Lunatic asylums in Bengal annual reports 1899-1911 - 1899-1911
Year: 1899
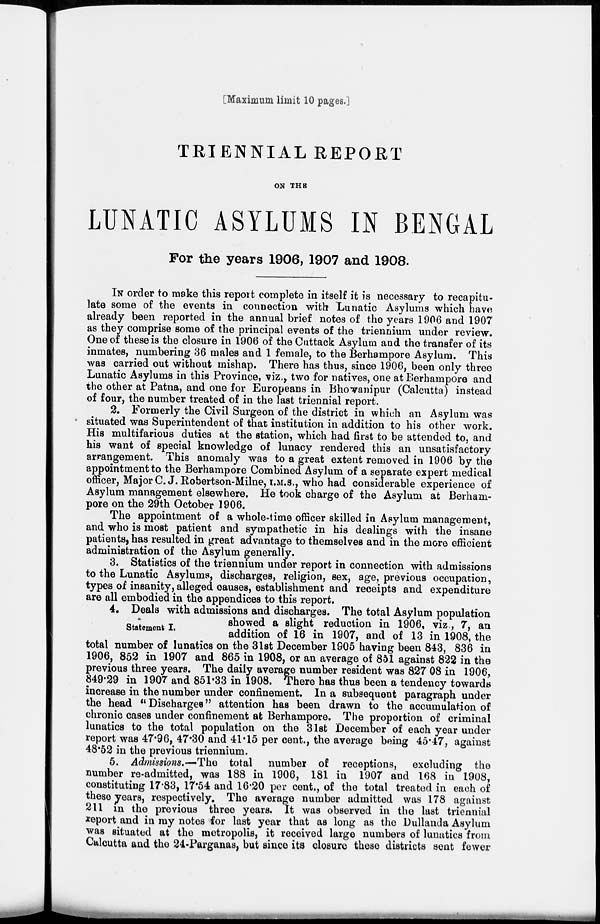
[Maximum limit 10 pages.]
TRIENNIAL REPORT
ON THE
LUNATIC ASYLUMS IN BENGAL
For the years 1906, 1907 and 1908.
IN order to make this report complete in itself it is necessary to recapitu-
late some of the events in connection with Lunatic Asylums which have
already been reported in the annual brief notes of the years 1906 and 1907
as they comprise some of the principal events of the triennium under review.
One of these is the closure in 1906 of the Cuttack Asylum and the transfer of its
inmates, numbering 36 males and 1 female, to the Berhampore Asylum. This
was carried out without mishap. There has thus, since 1906, been only three
Lunatic Asylums in this Province, viz., two for natives, one at Berhampore and
the other at Patna, and one for Europeans in Bhowanipur (Calcutta) instead
of four, the number treated of in the last triennial report.
2. Formerly the Civil Surgeon of the district in which an Asylum was
situated was Superintendent of that institution in addition to his other work.
His multifarious duties at the station, which had first to be attended to, and
his want of special knowledge of lunacy rendered this an unsatisfactory
arrangement. This anomaly was to a great extent removed in 1906 by the
appointment to the Berhampore Combined Asylum of a separate expert medical
officer, Major C.J. Robertson-Milne, I.M.S., who had considerable experience of
Asylum management elsewhere. He took charge of the Asylum at Berham-
pore on the 29th October 1906.
The appointment of a whole-time officer skilled in Asylum management,
and who is most patient and sympathetic in his dealings with the insane
patients, has resulted in great advantage to themselves and in the more efficient
administration of the Asylum generally.
3. Statistics of the triennium under report in connection with admissions
to the Lunatic Asylums, discharges, religion, sex, age, previous occupation,
types of insanity, alleged causes, establishment and receipts and expenditure
are all embodied in the appendices to this report.
Statement I.
4. Deals with admissions and discharges. The total Asylum population
showed a slight reduction in 1906, viz., 7, an
addition of 16 in 1907, and of 13 in 1908, the
total number of lunatics on the 31st December 1905 having been 843, 836 in
1906, 852 in 1907 and 865 in 1908, or an average of 851 against 822 in the
previous three years. The daily average number resident was 827 08 in 1906,
849.29 in 1907 and 851.33 in 1908. There has thus been a tendency towards
increase in the number under confinement. In a subsequent paragraph under
the head " Discharges" attention has been drawn to the accumulation of
chronic cases under confinement at Berhampore. The proportion of criminal
lunatics to the total population on the 31st December of each year under
report was 47.96, 47.30 and 41.15 per cent., the average being 45.47, against
48.52 in the previous triennium.
5. Admissions.—The total number of receptions, excluding the
number re-admitted, was 188 in 1906, 181 in 1907 and 168 in 1908,
constituting 17.83, 17.54 and 16.20 per cent., of the total treated in each of
these years, respectively. The average number admitted was 178 against
211 in the previous three years. It was observed in the last triennial
report and in my notes for last year that as long as the Dullanda Asylum
was situated at the metropolis, it received large numbers of lunatics from
Calcutta and the 24-Parganas, but since its closure these districts sent fewer